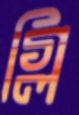
গ্লি